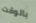
بالوقت